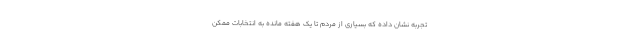
تجربه نشان داده که بسیاری از مردم تا یک هفته مانده به انتخابات ممکن